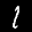
Label: 1